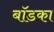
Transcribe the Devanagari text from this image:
बॉडका